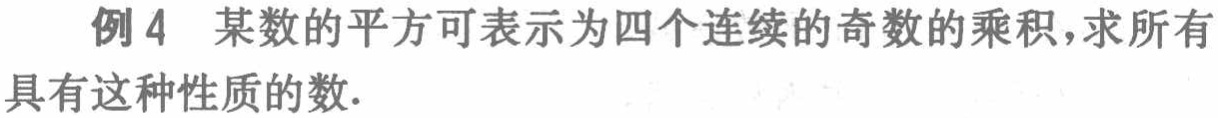
例4 某数的平方可表示为四个连续的奇数的乘积，求所有具有这种性质的数.